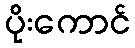
ပိုးကောင်